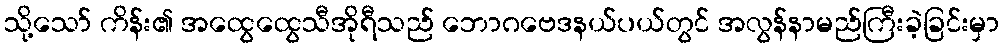
သို့သော် ကိန်း၏ အထွေထွေသီအိုရီသည် ဘောဂဗေဒနယ်ပယ်တွင် အလွန်နာမည်ကြီးခဲ့ခြင်းမှာ